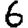
Digit: 6